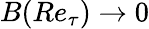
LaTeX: B(Re_{\tau})\rightarrow 0